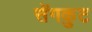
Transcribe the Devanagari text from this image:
सेंगकुट